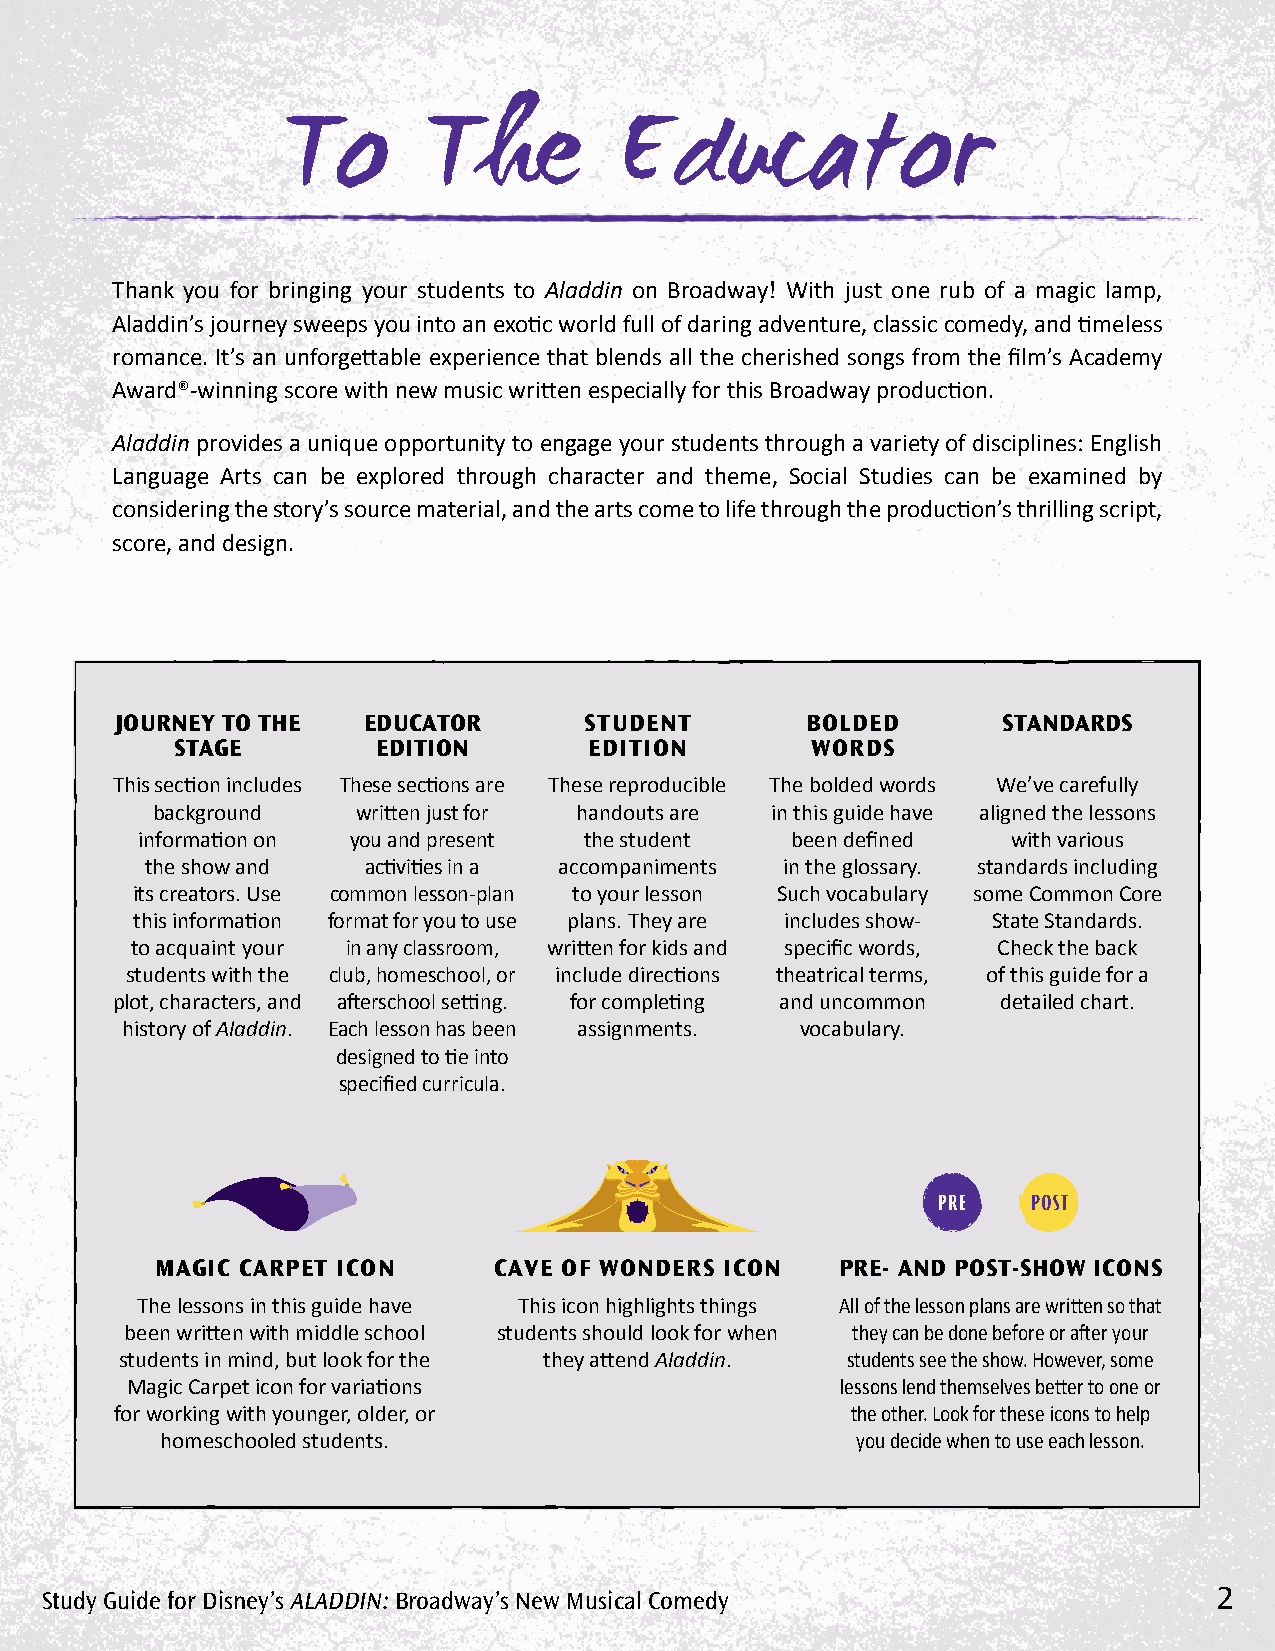
To       The          Educator
 Thank you for bringing your students to Aladdin on Broadway! With just one rub of a magic lamp,
 Aladdin’s journey sweeps you into an exotic world full of daring adventure, classic comedy, and timeless
 romance. It’s an unforgettable experience that blends all the cherished songs from the film’s Academy
 Award®-winning score with new music written especially for this Broadway production.
 Aladdin provides a unique opportunity to engage your students through a variety of disciplines: English
 Language Arts can be explored through character and theme, Social Studies can be examined by
 considering the story’s source material, and the arts come to life through the production’s thrilling script,
 score, and design.
 JoUrneY to the  edUcator       stUdent       Bolded       standards
 stage        edItIon       edItIon        words
 This section includes These sections are These reproducible The bolded words We’ve carefully
 background    written just for handouts are in this guide have aligned the lessons
 information on you and present the student been defined   with various
 the show and  activities in a accompaniments in the glossary. standards including
 its creators. Use common lesson-plan to your lesson Such vocabulary some Common Core
 this information format for you to use plans. They are includes show- State Standards.
 to acquaint your in any classroom, written for kids and specific words, Check the back
 students with the club, homeschool, or include directions theatrical terms, of this guide for a
 plot, characters, and afterschool setting. for completing and uncommon detailed chart.
 history of Aladdin. Each lesson has been assignments. vocabulary.
 designed to tie into
 specified curricula.
 MagIc carPet Icon      caVe oF wonders Icon   Pre- and Post-show Icons
 The lessons in this guide have This icon highlights things All of the lesson plans are written so that
 been written with middle school students should look for when they can be done before or after your
 students in mind, but look for the they attend Aladdin. students see the show. However, some
 Magic Carpet icon for variations                lessons lend themselves better to one or
 for working with younger, older, or             the other. Look for these icons to help
 homeschooled students.                        you decide when to use each lesson.
 Study Guide for Disney’s AlADDin: Broadway’s new Musical Comedy               2